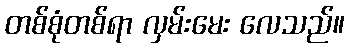
တစ်စုံတစ်ရာ လှမ်းမေး လေသည်။